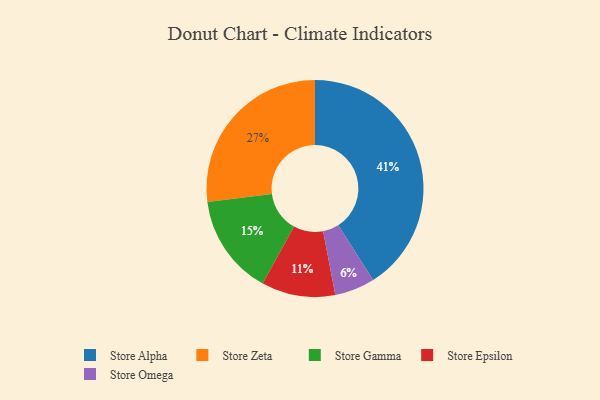
{"axis": {"x": "Category", "y": "Percentage"}, "legend": ["Store Alpha", "Store Epsilon", "Store Gamma", "Store Omega", "Store Zeta"], "data": [{"x": "Store Omega", "y": 6, "type": "Store Omega"}, {"x": "Store Gamma", "y": 15, "type": "Store Gamma"}, {"x": "Store Zeta", "y": 27, "type": "Store Zeta"}, {"x": "Store Epsilon", "y": 11, "type": "Store Epsilon"}, {"x": "Store Alpha", "y": 41, "type": "Store Alpha"}]}